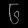
Digit: ၆